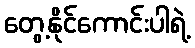
တွေ့နိုင်ကောင်းပါရဲ့